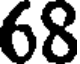
68